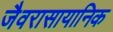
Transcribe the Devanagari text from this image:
जैवरासायानिक